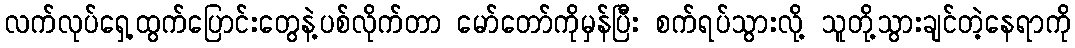
လက်လုပ်ရှေ့ထွက်ပြောင်းတွေနဲ့ပစ်လိုက်တာ မော်တော်ကိုမှန်ပြီး စက်ရပ်သွားလို့ သူတို့သွားချင်တဲ့နေရာကို